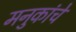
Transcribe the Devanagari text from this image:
मनुकांचे